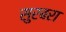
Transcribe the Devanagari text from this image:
सुरबरा